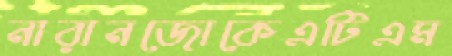
নারানজোকেএটিএম